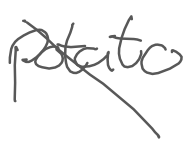
Text: potato
Cross-out: diagonal
Writing tool: digital_gray